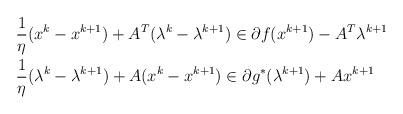
LaTeX: \begin{align*} & \frac{1}{\eta} (x^k-x^{k+1}) + A^T(\lambda^k-\lambda^{k+1}) \in \partial f(x^{k+1})- A^T\lambda^{k+1}\\ & \frac{1}{\eta} (\lambda^k-\lambda^{k+1})+A(x^k-x^{k+1}) \in \partial g^*(\lambda^{k+1})+ Ax^{k+1} \end{align*}